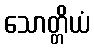
သောတ္တိယံ